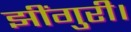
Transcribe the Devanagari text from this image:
झींगुरी।